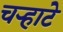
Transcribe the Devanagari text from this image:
चर्‍हाटे